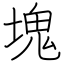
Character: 塊